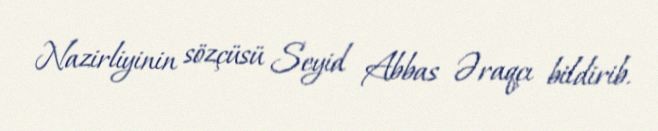
Nazirliyinin sözçüsü Seyid Abbas Əraqçı bildirib.